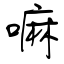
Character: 嘛